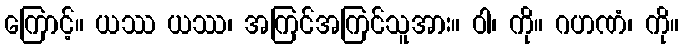
ကြောင့်။ ယဿ ယဿ၊ အကြင်အကြင်သူအား။ ဝါ၊ ကို။ ဂဟဏံ၊ ကို။